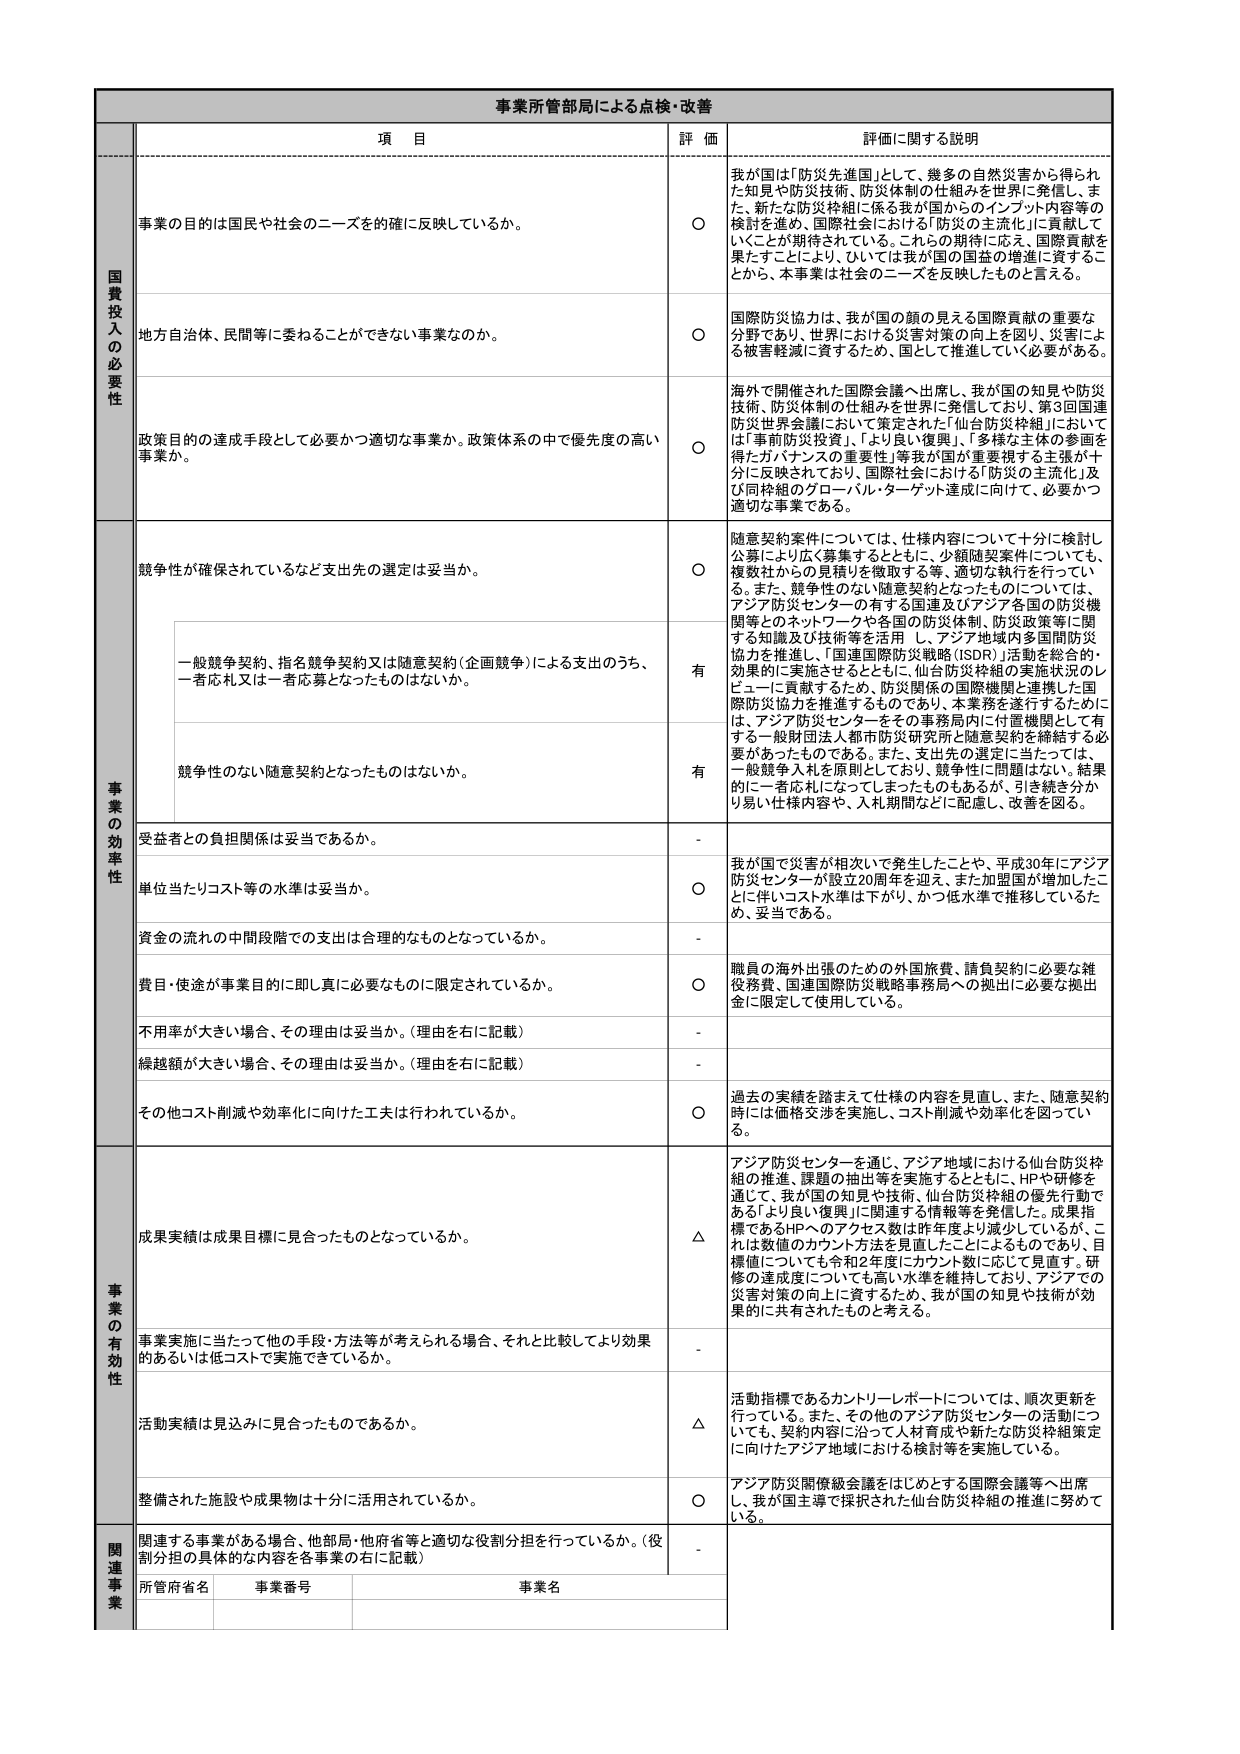
事業所管部局による点検・改善

項 目 評 価 詳価に関する説明

国費投入の必要性

事業の目的は国民や社会のニーズを的確に反映しているか。 ○ 我が国は「防災先進国」として、幾多の自然災害から得られた知見や防災技術、防災体制の仕組みを世界に発信し、また、新たな防災枠組に係る我が国からのインプット内容等の検討を進め、国際社会における「防災の主流化」に貢献していくことが期待されている。これらの期待に応え、国際貢献を果たすことにより、ひいては我が国の国益の増進に資するこ とから、本事業は社会のニーズを反映したものと言える。

地方自治体、民間等に委ねることができない事業なのか。 ○ 国際防災協力は、我が国の顔の見える国際貢献の重要な分野であり、世界における災害対策の向上を図り、災害による被害軽減に資するため、国として推進していく必要がある。

政策目的の達成手段として必要かつ適切な事業か、政策体系の中で優先度の高い事業か。 ○ 海外で開催された国際会議へ出席し、我が国の知見や防災技術、防災体制の仕組みを世界に発信しており、第3回国連防災世界会議において策定された「仙台防災枠組」においては「事前防災投資」、「より良い復興」、「多様な主体の参画を得たガバナンスの重要性」等我が国が重要視する主張が十分に反映されており、国際社会における「防災の主流化」及び同枠組のグローバル・ターゲット達成に向けて、必要かつ適切な事業である。

事業の効率性

競争性が確保されているなど支出先の選定は妥当か。 ○ 随意契約案件については、仕様内容について十分に検討し公募により広く募集するとともに、少額随契案件についても、複数社からの見積りを徴取する等、適切な執行を行っている。また、競争性のない随意契約となったものについては、アジア防災センターの有する国連及びアジア各国の防災機関等とのネットワークや各国の防災体制、防災政策等に関する知識及び技術等を活用し、アジア地域内多国間防災協力を推進し、「国連国際防災戦略（ISDR）」活動を総合的・効果的に実施させるとともに、仙台防災枠組の実施状況のレビューに貢献するため、防災関係の国際機関と連携した国際防災協力を推進するものであり、本事務を遂行するためには、アジア防災センターをその事務局内に付置機関として有する一般財団法人都市防災研究所と随意契約を締結する必要があったものである。また、支出先の選定に当たっては、一般競争入札を原則としており、競争性に問題はない。結果的に一者応札になってしまったものもあるが、引き続き分かり易い仕様内容や、入札期間などに配慮し、改善を図る。

一般競争契約、指名競争契約又は随意契約（企画競争）による支出のうち、一者応札又は一者応募となったものはないか。 有

競争性のない随意契約となったものはないか。 有

受益者との負担関係は妥当であるか。 -

単位当たりコスト等の水準は妥当か。 ○ 我が国で災害が相次いで発生したことや、平成30年にアジア防災センターが設立20周年を迎え、また加盟国が増加したことに伴いコスト水準は下がり、かつ低水準で推移しているため、妥当である。

資金の流れの中間段階での支出は合理的なものとなっているか。 -

費目・使途が事業目的に即し真に必要なものに限定されているか。 ○ 職員の海外出張のための外国旅費、請負契約に必要な雑役務費、国連国際防災戦略事務局への拠出に必要な拠出金に限定して使用している。

不用率が大きい場合、その理由は妥当か。（理由を右に記載） -

繰越額が大きい場合、その理由は妥当か。（理由を右に記載） -

その他コスト削減や効率化に向けた工夫は行われているか。 ○ 過去の実績を踏まえて仕様の内容を見直し、また、随意契約時には価格交渉を実施し、コスト削減や効率化を図っている。

事業の有効性

成果実績は成果目標に見合ったものとなっているか。 △ アジア防災センターを通じ、アジア地域における仙台防災枠組の推進、課題の抽出等を実施するとともに、HPや研修を通じて、我が国の知見や技術、仙台防災枠組の優先行動である「より良い復興」に関連する情報等を発信した。成果指標であるHPへのアクセス数は昨年度より減少しているが、これは数値のカウント方法を見直したことによるものであり、目標値についても令和2年度にカウント数に応じて見直す。研修の達成度についても高い水準を維持しており、アジアでの災害対策の向上に資するため、我が国の知見や技術が効果的に共有されたものと考える。

事業実施に当たって他の手段・方法等が考えられる場合、それと比較してより効果的あるいは低コストで実施できているか。 -

活動実績は見込みに見合ったものであるか。 △ 活動指標であるカントリーレポートについては、順次更新を行っている。また、その他のアジア防災センターの活動についても、契約内容に沿って人材育成や新たな防災枠組策定に向けたアジア地域における検討等を実施している。

整備された施設や成果物は十分に活用されているか。 ○ アジア防災関係級会議をはじめとする国際会議等へ出席し、我が国主導で採択された仙台防災枠組の推進に努めている。

関連事業

関連する事業がある場合、他部局・他府省等と適切な役割分担を行っているか。（役割分担の具体的な内容を各事業の右に記載） -

所管府省名 事業番号 事業名